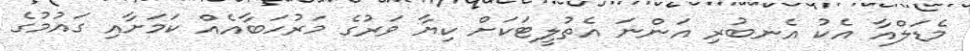
މެޑަލްއާ އެކު އެނބުރި އަންނަ އެތުލީޓަކަށް ކިޔާ ވަރުގެ މަރުހަބާއެއް ކަމަށާއި ގައުމުގެ